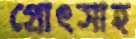
প্রোৎসাহ